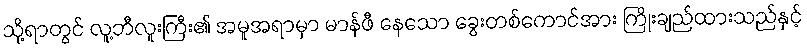
သို့ရာတွင် လူ့ဘီလူးကြီး၏ အမူအရာမှာ မာန်ဖီ နေသော ခွေးတစ်ကောင်အား ကြိုးချည်ထားသည်နှင့်